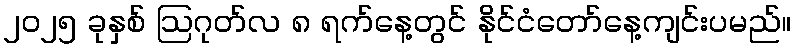
၂၀၂၅ ခုနှစ် ဩဂုတ်လ ၈ ရက်နေ့တွင် နိုင်ငံတော်နေ့ကျင်းပမည်။